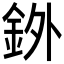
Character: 𫒓